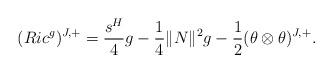
LaTeX: \begin{align*} (Ric^g)^{J,+}&=\frac{s^H}{4} g-\frac{1}{4}\|N\|^2g-\frac{1}{2}(\theta\otimes\theta)^{J,+}. \end{align*}